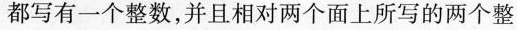
都写有一个整数，并且相对两个面上所写的两个整